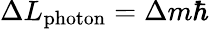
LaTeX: \Delta L_{\mathrm{photon}}=\Delta m\hbar